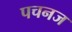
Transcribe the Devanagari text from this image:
पचनज